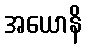
အယောနိ